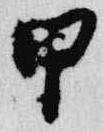
甲